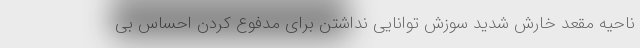
ناحیه مقعد خارش شدید سوزش توانایی نداشتن برای مدفوع کردن احساس بی